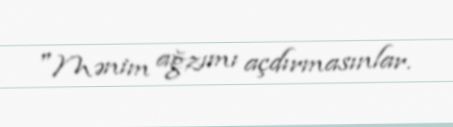
"Mənim ağzımı açdırmasınlar.